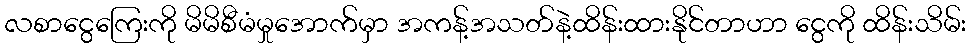
လစာငွေကြေးကို မိမိစီမံမှုအောက်မှာ အကန့်အသတ်နဲ့ထိန်းထားနိုင်တာဟာ ငွေကို ထိန်းသိမ်း